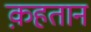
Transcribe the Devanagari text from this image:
क़हतान